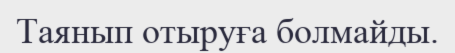
Таянып отыруға болмайды.